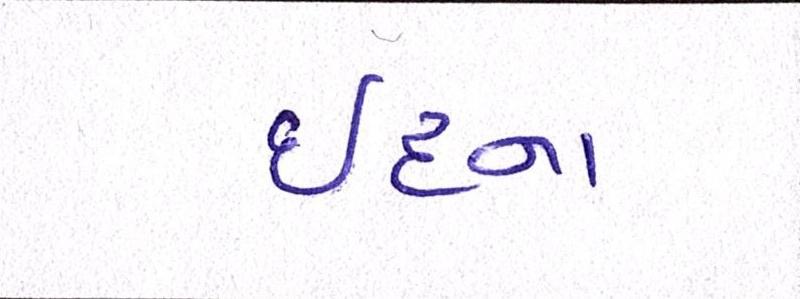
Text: ઈદના